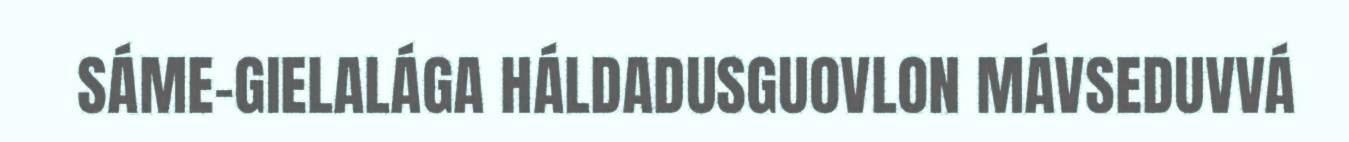
SÁME-GIELALÁGA HÁLDADUSGUOVLON MÁVSEDUVVÁ